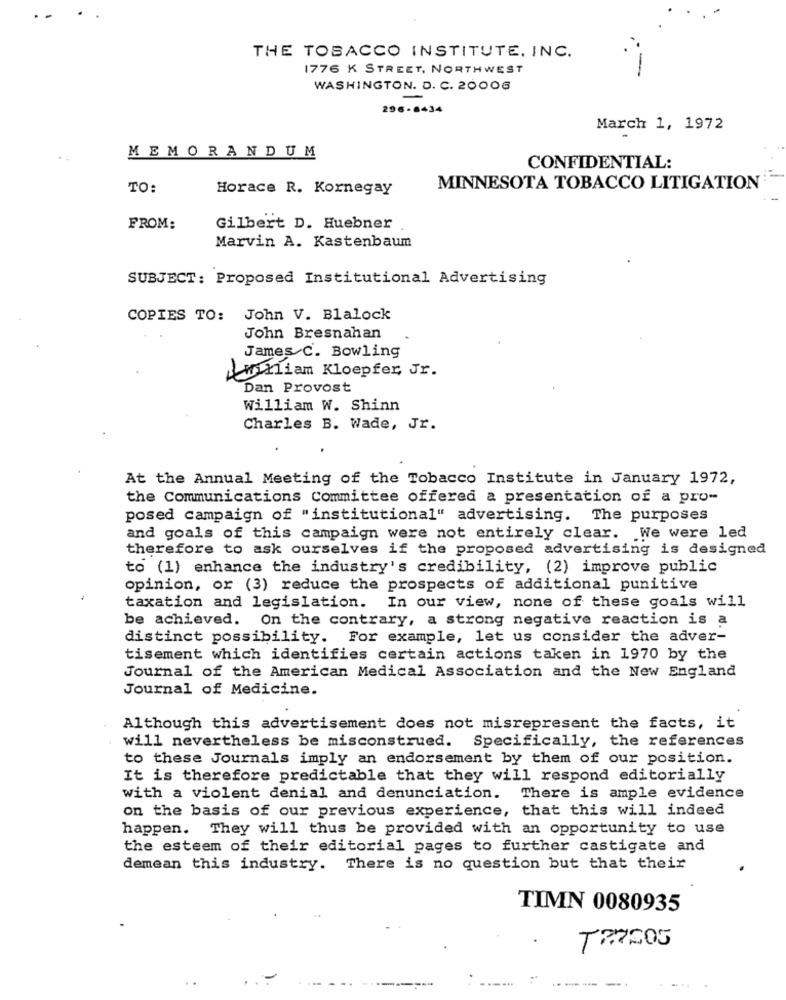
THE TOBACCO INSTITUTE. INC.
1776 K STREET, NORTHWEST
--
WASHINGTON. D. C. 20006
296-6434
March 1, 1972
MEMORANDUM
CONFIDENTIAL:
TO:
Horace R. Kornegay
MINNESOTA TOBACCO LITIGATION
FROM:
Gilbert D. Huebner
Marvin A. Kastenbaum
SUBJECT: Proposed Institutional Advertising
COPIES TO: John V. Blalock
John Bresnahan
James C. Bowling
mriam Kloepfer, Jr.
Dan Provost
William W. Shinn
Charles B. Wade, Jr.
At the Annual Meeting of the Tobacco Institute in January 1972,
the Communications Committee offered a presentation of a pro-
posed campaign of "institutional" advertising. The purposes
and goals of this campaign were not entirely clear. We were led
therefore to ask ourselves if the proposed advertising is designed
to (1) enhance the industry's credibility, (2) improve public
opinion, or (3) reduce the prospects of additional punitive
taxation and legislation. In our view, none of these goals will
be achieved. On the contrary, a strong negative reaction is a
distinct possibility. For example, let us consider the adver-
tisement which identifies certain actions taken in 1970 by the
Journal of the American Medical Association and the New England
Journal of Medicine.
Although this advertisement does not misrepresent the facts, it
will nevertheless be misconstrued. Specifically, the references
to these Journals imply an endorsement by them of our position.
It is therefore predictable that they will respond editorially
with a violent denial and denunciation. There is ample evidence
on the basis of our previous experience, that this will indeed
happen. They will thus be provided with an opportunity to use
the esteem of their editorial pages to further castigate and
demean this industry. There is no question but that their
TIMN 0080935
TRAS05